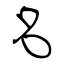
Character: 名